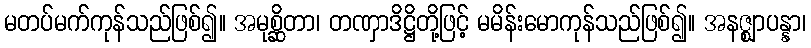
မတပ်မက်ကုန်သည်ဖြစ်၍။ အမုစ္ဆိတာ၊ တဏှာဒိဋ္ဌိတို့ဖြင့် မမိန်းမောကုန်သည်ဖြစ်၍။ အနဇ္ဈာပန္နာ၊